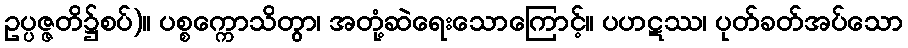
ဥပ္ပဇ္ဇတိ၌စပ်)။ ပစ္စက္ကောသိတွာ၊ အတုံ့ဆဲရေးသောကြောင့်။ ပဟဋဿ၊ ပုတ်ခတ်အပ်သော